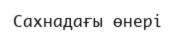
Сахнадағы өнері